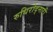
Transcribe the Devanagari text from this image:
रुधिरोद्नारी